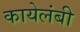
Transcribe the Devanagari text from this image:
कायेलंबी